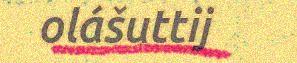
olášuttij